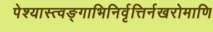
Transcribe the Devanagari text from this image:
पेश्यास्त्वङ्गाभिनिर्वृत्तिर्नखरोमाणि